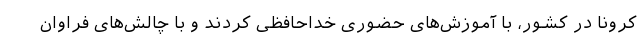
کرونا در کشور، با آموزش‌های حضوری خداحافظی کردند و با چالش‌های فراوان